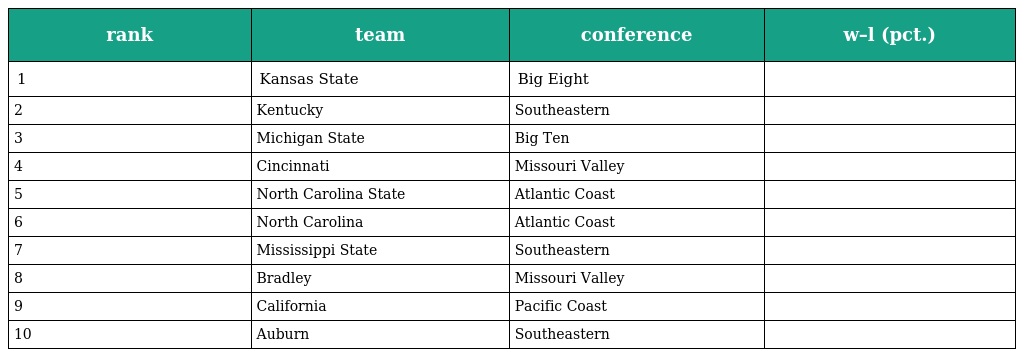
| rank | team | conference | w–l (pct.) |
 | --- | --- | --- | --- |
 | 1 | Kansas State | Big Eight |  |
 | 2 | Kentucky | Southeastern |  |
 | 3 | Michigan State | Big Ten |  |
 | 4 | Cincinnati | Missouri Valley |  |
 | 5 | North Carolina State | Atlantic Coast |  |
 | 6 | North Carolina | Atlantic Coast |  |
 | 7 | Mississippi State | Southeastern |  |
 | 8 | Bradley | Missouri Valley |  |
 | 9 | California | Pacific Coast |  |
 | 10 | Auburn | Southeastern |  |